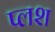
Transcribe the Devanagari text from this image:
प्लश